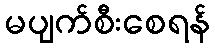
မပျက်စီးစေရန်